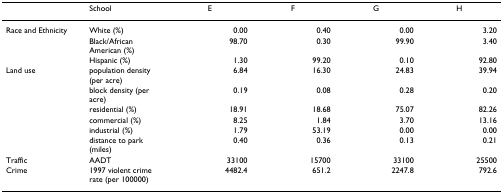
<table><thead><tr><td>[EMPTY_CELL]</td><td><b>School</b></td><td><b>E</b></td><td><b>F</b></td><td><b>G</b></td><td><b>H</b></td></tr></thead><tbody><tr><td>Race and Ethnicity</td><td>White (%)</td><td>0.00</td><td>0.40</td><td>0.00</td><td>3.20</td></tr><tr><td>[EMPTY_CELL]</td><td>Black/African American (%)</td><td>98.70</td><td>0.30</td><td>99.90</td><td>3.40</td></tr><tr><td>[EMPTY_CELL]</td><td>Hispanic (%)</td><td>1.30</td><td>99.20</td><td>0.10</td><td>92.80</td></tr><tr><td>Land use</td><td>population density (per acre)</td><td>6.84</td><td>16.30</td><td>24.83</td><td>39.94</td></tr><tr><td>[EMPTY_CELL]</td><td>block density (per acre)</td><td>0.19</td><td>0.08</td><td>0.28</td><td>0.20</td></tr><tr><td>[EMPTY_CELL]</td><td>residential (%)</td><td>18.91</td><td>18.68</td><td>75.07</td><td>82.26</td></tr><tr><td>[EMPTY_CELL]</td><td>commercial (%)</td><td>8.25</td><td>1.84</td><td>3.70</td><td>13.16</td></tr><tr><td>[EMPTY_CELL]</td><td>industrial (%)</td><td>1.79</td><td>53.19</td><td>0.00</td><td>0.00</td></tr><tr><td>[EMPTY_CELL]</td><td>distance to park (miles)</td><td>0.40</td><td>0.36</td><td>0.13</td><td>0.21</td></tr><tr><td>Traffic</td><td>AADT</td><td>33100</td><td>15700</td><td>33100</td><td>25500</td></tr><tr><td>Crime</td><td>1997 violent crime rate (per 100000)</td><td>4482.4</td><td>651.2</td><td>2247.8</td><td>792.6</td></tr></tbody></table>